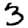
Digit: 3